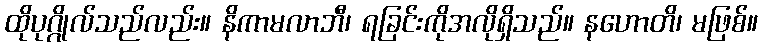
ထိုပုဂ္ဂိုလ်သည်လည်း။ နိကာမလာဘီ၊ ရခြင်းကိုအလိုရှိသည်။ နဟောတိ၊ မဖြစ်။